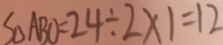
S _ { \Delta } A B O = 2 4 \div 2 \times 1 = 1 2